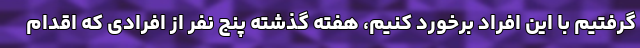
گرفتیم با این افراد برخورد کنیم، هفته گذشته پنج نفر از افرادی که اقدام